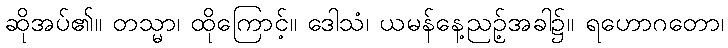
ဆိုအပ်၏။ တသ္မာ၊ ထိုကြောင့်။ ဒေါသံ၊ ယမန်နေ့ညဉ့်အခါ၌။ ရဟောဂတော၊